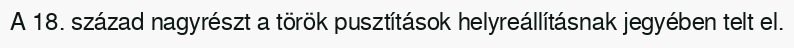
A 18. század nagyrészt a török pusztítások helyreállításnak jegyében telt el.